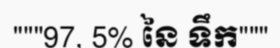
"""97, 5% នៃ ទឹក"""